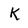
Character: K